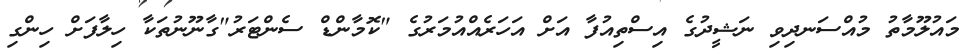
މައުލޫމާތު މުއްސަނދިވި ނަޝީދުގެ އިސްތިއުފާ އަށް އަހަރެއްއުމަރުގެ "ކޮމާންޑް ސެންޓަރު"ގާނޫނުތަކާ ހިލާފަށް ހިންގި